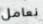
نعامل